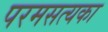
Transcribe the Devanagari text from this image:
परमसत्यका